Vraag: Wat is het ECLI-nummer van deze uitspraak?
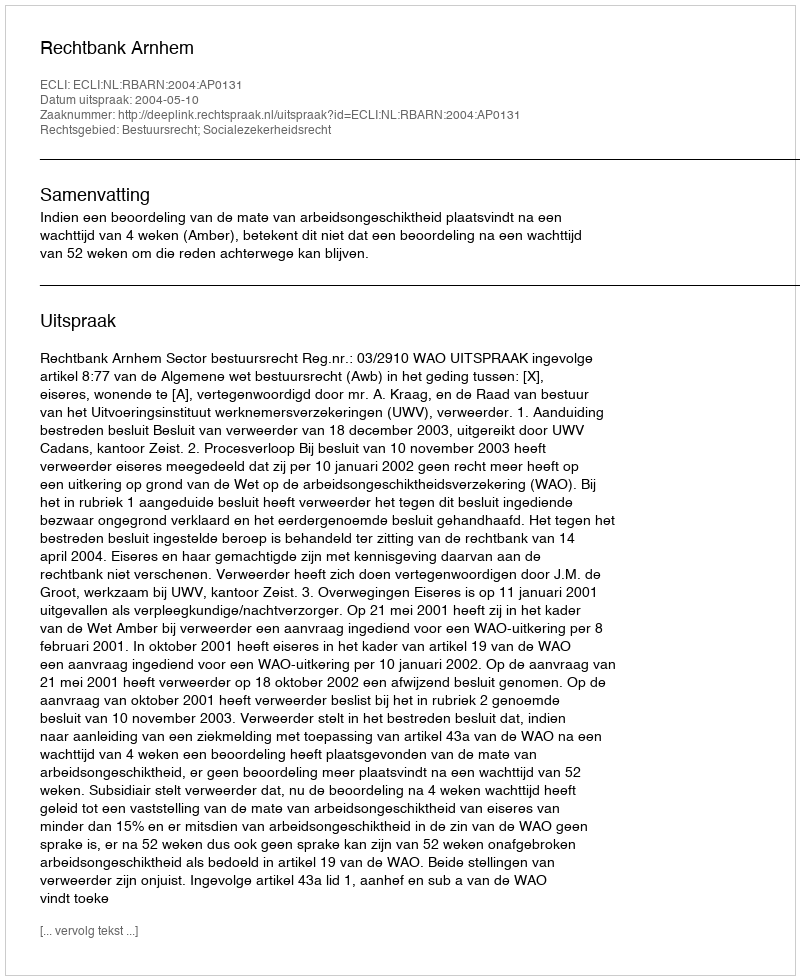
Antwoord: ECLI:NL:RBARN:2004:AP0131